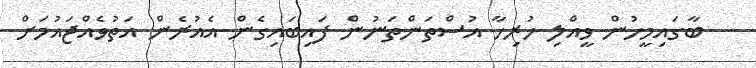
ބާގައިމީހުން ވީއްލި ހުރިހާ އުސްތަންތަނުން ފައިބައިގެން އެއުރެން އަތުވެއްޖައުމަށް